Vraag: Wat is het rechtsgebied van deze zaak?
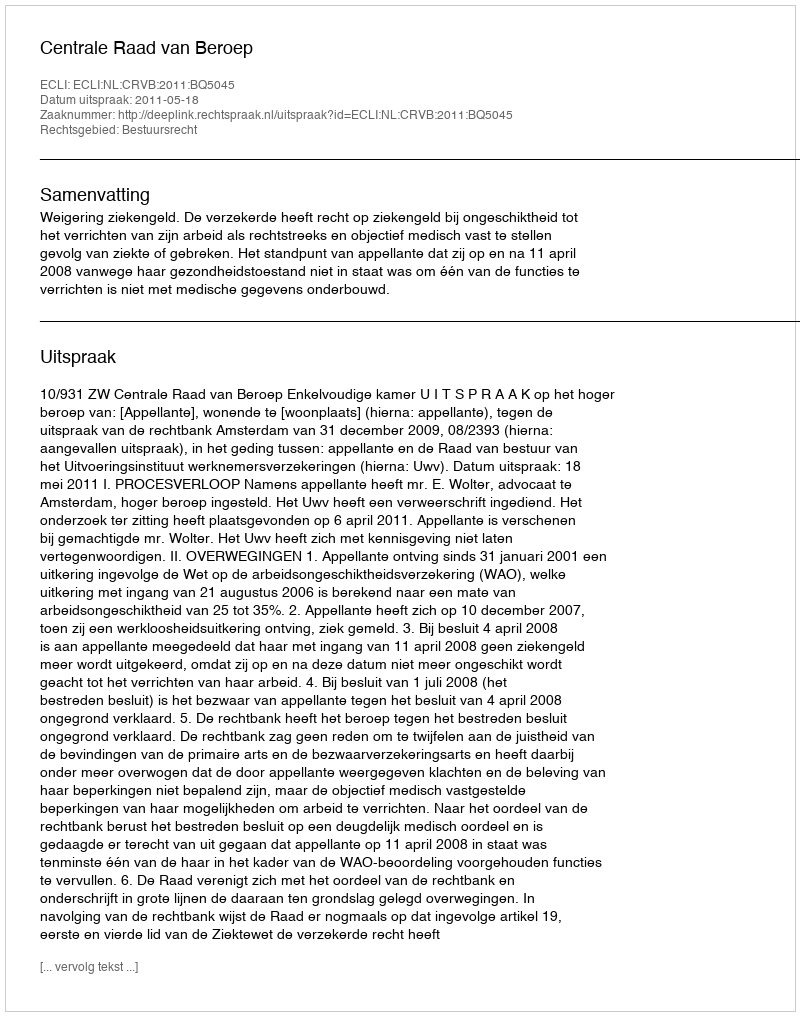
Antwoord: Bestuursrecht